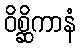
ဝိစ္ဆိကာနံ